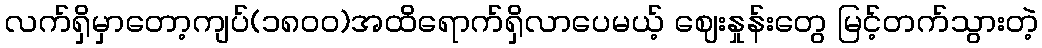
လက်ရှိမှာတော့ကျပ်(၁၈၀၀)အထိရောက်ရှိလာပေမယ့် ဈေးနှုန်းတွေ မြင့်တက်သွားတဲ့